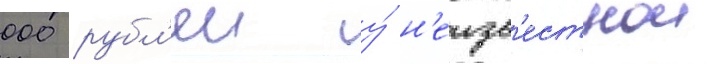
000 рубл'еи у́ н'еизв'естнои